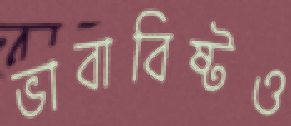
ভাবাবিষ্টও